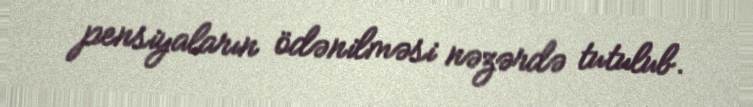
pensiyaların ödənilməsi nəzərdə tutulub.